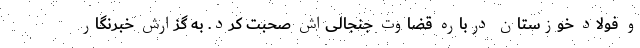
و فولاد خوزستان درباره قضاوت جنجالی‌اش صحبت کرد. به گزارش خبرنگار